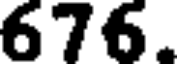
676.